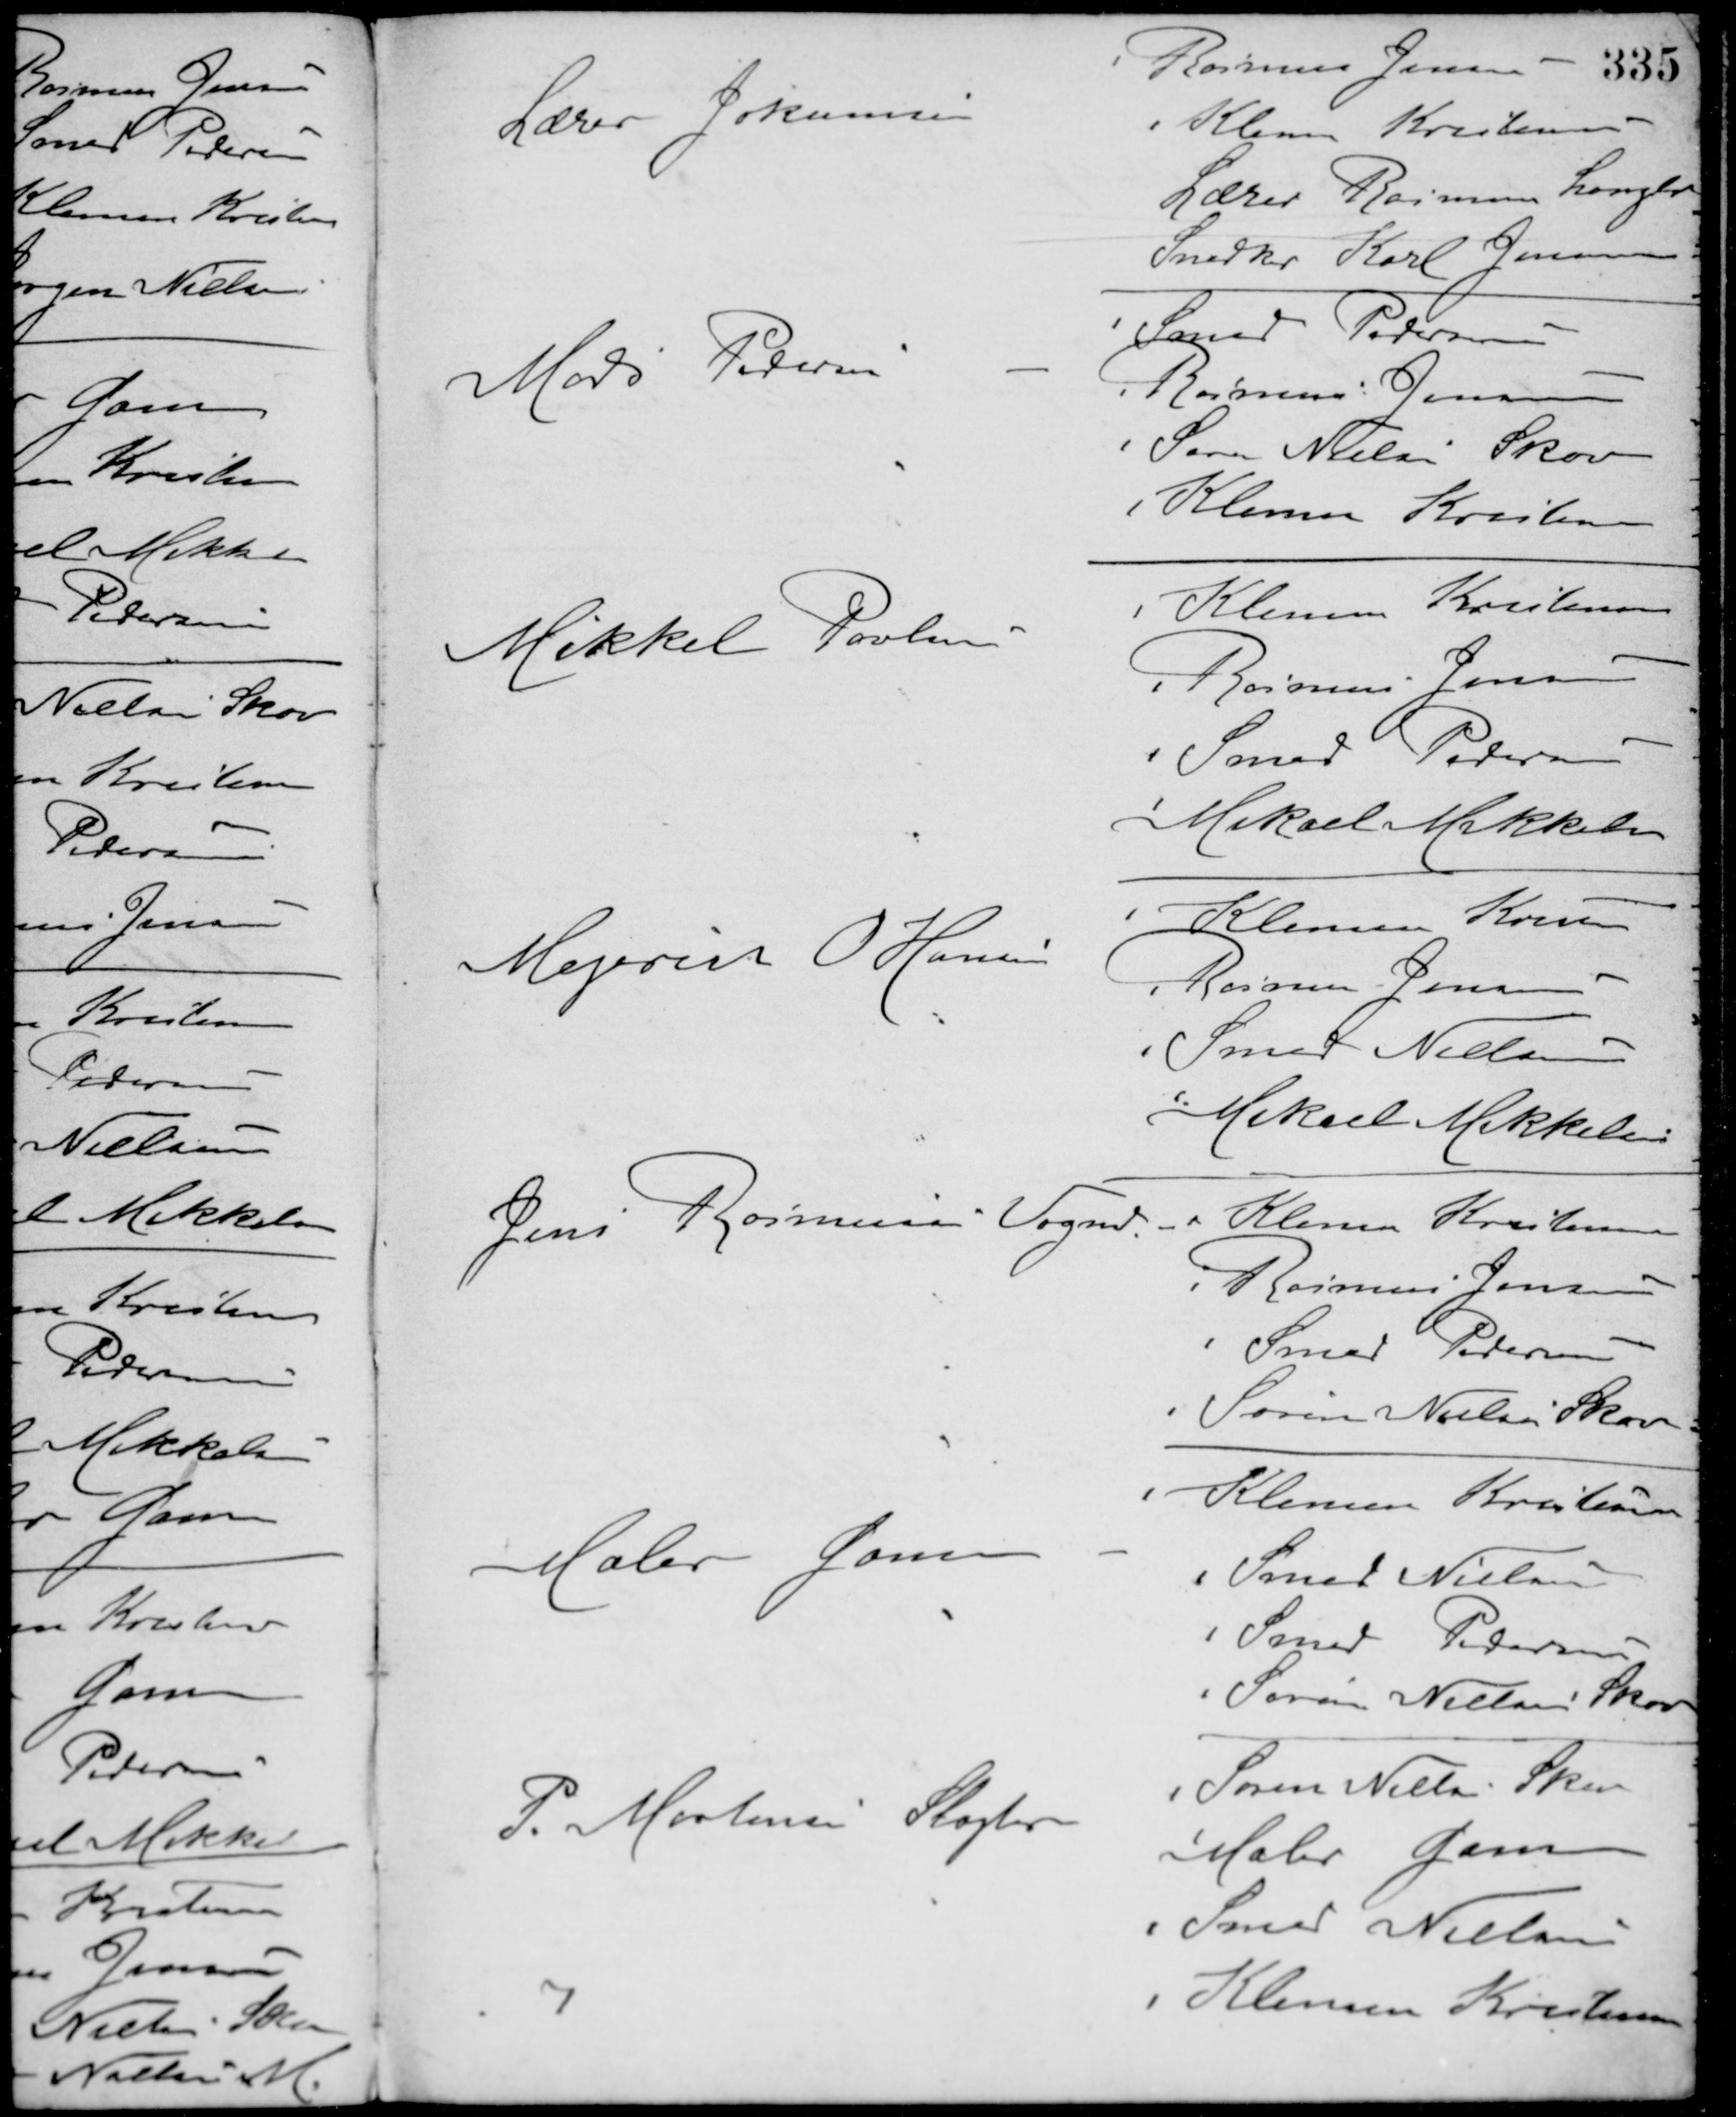
Transskription:
Lærer Jokumsen
Rasmus Jensen
Klemen Kristensen
Lærer Rasmus Langbo
Snedker Karl Jensen
Mads Pedersen -
Smed Petersen
Rasmus Jensen
Søren Nielsen Skov
Klemen Kristensen
Mikkel Poulsen -
Klemen Kristensen
Rasmus Jensen
Smed Pedersen
Mikael Mikkelsen
Mejerist O. Hansen
Klemen Kristensen
Rasmus Jensen
Smed Nielsen
Mikael Mikkelsen
Jens Rasmussen Vognmd. -
Klemen Kristensen
Rasmus Jensen
Smed Pedersen
Søren Nielsen Skov
Maler Gam -
Klemen Kristensen
Smed Nielsen
Smed Petersen
Søren Nielsen Skov
P. Mortensen Slagter
Søren Nielsen Skov
Maler Gam
Smed Nielsen
Klemen Kristensen
7